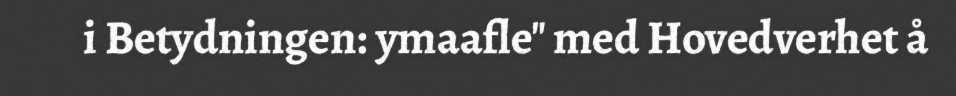
i Betydningen: ymaafle" med Hovedverhet å